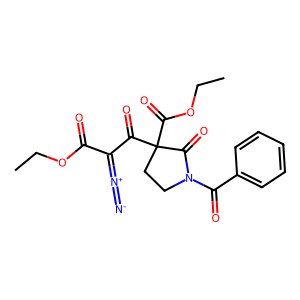
SMILES: CCOC(=O)C(=[N+]=[N-])C(=O)C1(C(=O)OCC)CCN(C(=O)c2ccccc2)C1=O
Inhibits HIV replication: No